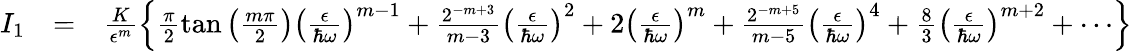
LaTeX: \begin{array}{rlr}{I_{1}}&{=}&{\frac{K}{\epsilon^{m}}\left\{ \frac{\pi}{2}\tan\left(\frac{m\pi}{2}\right)\left(\frac{\epsilon}{\hbar\omega}\right)^{m-1}+\frac{2^{-m+3}}{m-3}\left(\frac{\epsilon}{\hbar\omega}\right)^{2}+2\left(\frac{\epsilon}{\hbar\omega}\right)^{m}+\frac{2^{-m+5}}{m-5}\left(\frac{\epsilon}{\hbar\omega}\right)^{4}+\frac{8}{3}\left(\frac{\epsilon}{\hbar\omega}\right)^{m+2}+\cdots\right\} }\end{array}